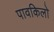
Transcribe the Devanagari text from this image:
पावकिलो